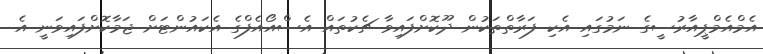
އެމްއެމްޕީއާރުސީގެ ނަމުގައި އެކި ފަރާތްތަކުން ދޫކޮށްފައިވާ ޗެކުތައް އެސްއޯއެފްގެ އެކައުންޓަށް ޖަމާކޮށްފައިވަނީ އެ